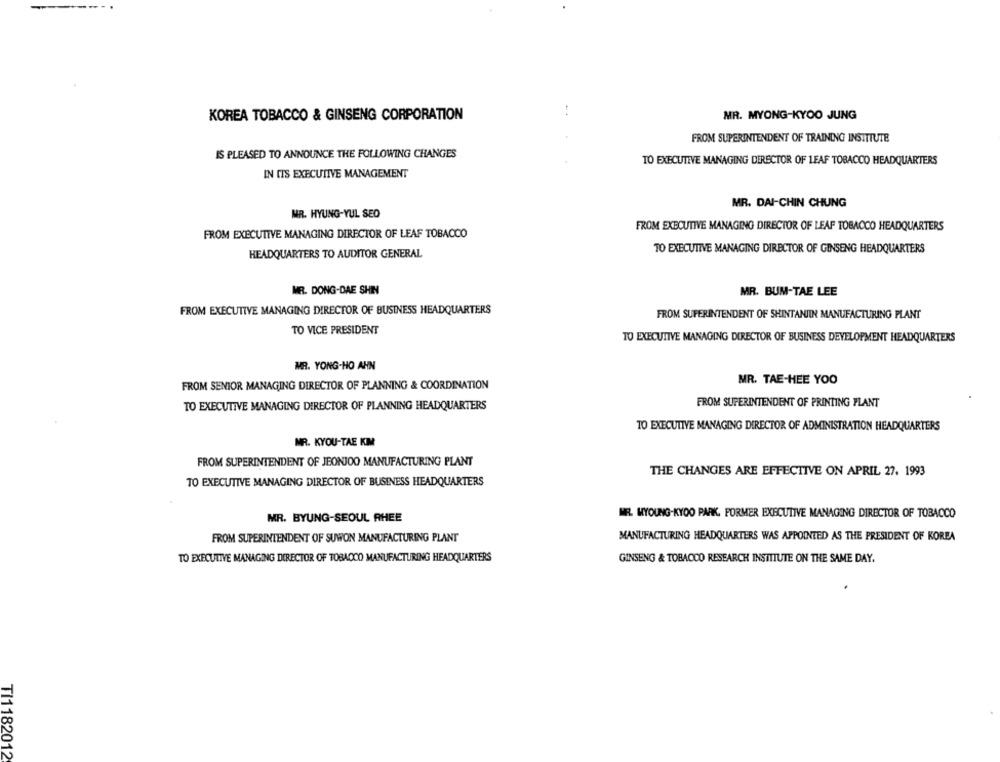
:
KOREA TOBACCO & GINSENG CORPORATION
MR. MYONG-KYOO JUNG
FROM SUPERINTENDENT OF TRAINING INSTITUTE
IS PLEASED TO ANNOUNCE THE FOLLOWING CHANGES
TO EXECUTIVE MANAGING DIRECTOR OF LEAF TOBACCO HEADQUARTERS
IN TIS EXECUTIVE MANAGEMENT
MR. DAI-CHIN CHUNG
MR. HYUNG-YUL SEO
FROM EXECUTIVE MANAGING DIRECTOR OF LEAF TOBACCO HEADQUARTERS
FROM EXECUTIVE MANAGING DIRECTOR OF LEAF TOBACCO
TO EXECUTIVE MANAGING DIRECTOR OF GINSENG HEADQUARTERS
HEADQUARTERS TO AUDITOR GENERAL
MR. DONG-DAE SHIN
MR. BUM-TAE LEE
FROM EXECUTIVE MANAGING DIRECTOR OF BUSINESS HEADQUARTERS
FROM SUPERINTENDENT OF SHINTANIIN MANUFACTURING PLANT
TO VICE PRESIDENT
TO EXECUTIVE MANAGING DIRECTOR OF BUSINESS DEVELOPMENT HEADQUARTERS
MR. YONG-HO AHN
MR. TAE-HEE YOO
FROM SENIOR MANAGING DIRECTOR OF PLANNING & COORDINATION
FROM SUPERINTENDENT OF PRINTING PLANT
TO EXECUTIVE MANAGING DIRECTOR OF PLANNING HEADQUARTERS
TO EXECUTIVE MANAGING DIRECTOR OF ADMINISTRATION HEADQUARTERS
MR. KYOU-TAE KIM
FROM SUPERINTENDENT OF JEONJOO MANUFACTURING PLANT
THE CHANGES ARE EFFECTIVE ON APRIL 27. 1993
TO EXECUTIVE MANAGING DIRECTOR OF BUSINESS HEADQUARTERS
MR. BYUNG-SEOUL RHEE
MR. KYOUNG-KYDO PARK, PORMER EXECUTIVE MANAGING DIRECTOR OF TOBACCO
FROM SUPERINTENDENT OF SUWON MANUFACTURING PLANT
MANUFACTURING HEADQUARTERS WAS APPOINTED AS THE PRESIDENT OF KOREA
TO EXECUTIVE MANAGING DIRECTOR OF TOBACCO MANUFACTURING HEADQUARTERS
GINSENG & TOBACCO RESEARCH INSTITUTE ON THE SAME DAY.
TI1182012